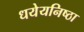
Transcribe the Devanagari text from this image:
धयेयनिष्ठा